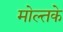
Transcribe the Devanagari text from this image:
मोल्तके